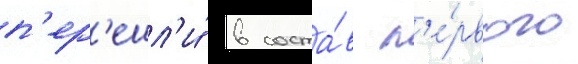
п'ер'ешл'и́ в соста́в п'е́рвого